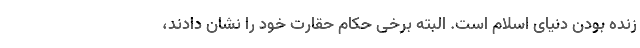
زنده بودن دنیای اسلام است. البته برخی حکام حقارت خود را نشان دادند،